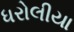
ધરોલીયા